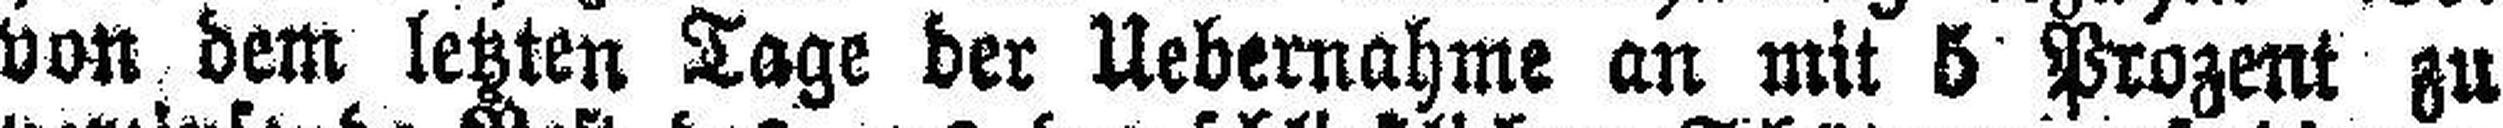
von dem letzten Tage der Uebernahme an mit 5 Prozent zu